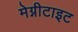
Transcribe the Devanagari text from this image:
मेग्नीटाइट